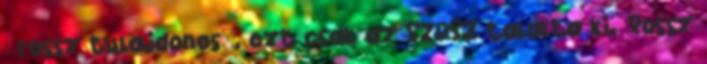
"rossz tulajdonos", ezt csak az SZDSZ találta ki. Rossz